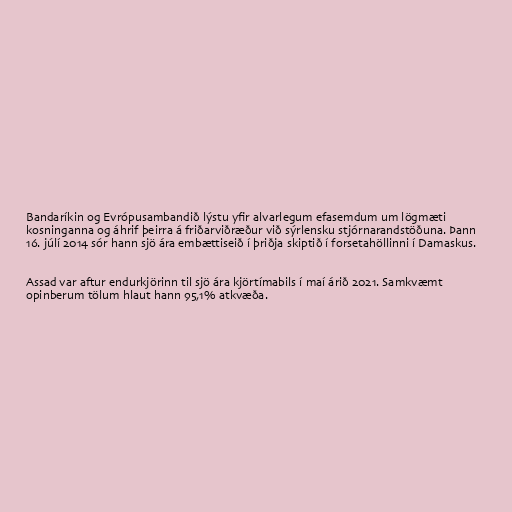
Bandaríkin og Evrópusambandið lýstu yfir alvarlegum efasemdum um lögmæti
kosninganna og áhrif þeirra á friðarviðræður við sýrlensku stjórnarandstöðuna. Þann
16. júlí 2014 sór hann sjö ára embættiseið í þriðja skiptið í forsetahöllinni í Damaskus.

Assad var aftur endurkjörinn til sjö ára kjörtímabils í maí árið 2021. Samkvæmt
opinberum tölum hlaut hann 95,1% at­kvæða.